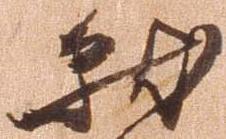
就